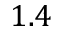
1 . 4